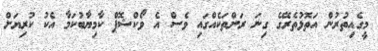
މީގެއިތުރުން އަތޮޅުތެރޭގެ ގިނަ ރަށްތަކެއްގައި ވެސް އެ ވޯކްޝޮޕް ކާމިޔާބުކަމާ އެކު ކުރިޔަށް